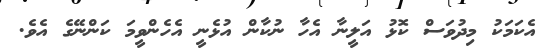
އެކަމަކު މިދުވަސް ކޮޅު އަލީނާ އެހާ ނުކާން އުޅެނީ އެހެންވީމަ ކަންނޭގެ އެވެ.